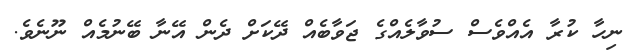
ނިހާ ކުރާ އެއްވެސް ސުވާލެއްގެ ޖަވާބެއް ދޭކަށް ދެން އޭނާ ބޭނުމެއް ނޫނެވެ.